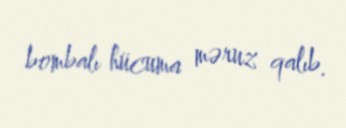
bombalı hücuma məruz qalıb.